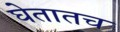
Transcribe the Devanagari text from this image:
घेतातच